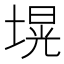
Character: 𱗢